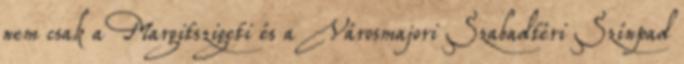
nem csak a Margitszigeti és a Városmajori Szabadtéri Színpad